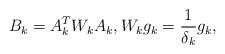
LaTeX: \begin{align*}B_k = A_k^T W_k A_k, W_k g_k = \frac1{\delta_k} g_k, \end{align*}